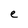
Character: e